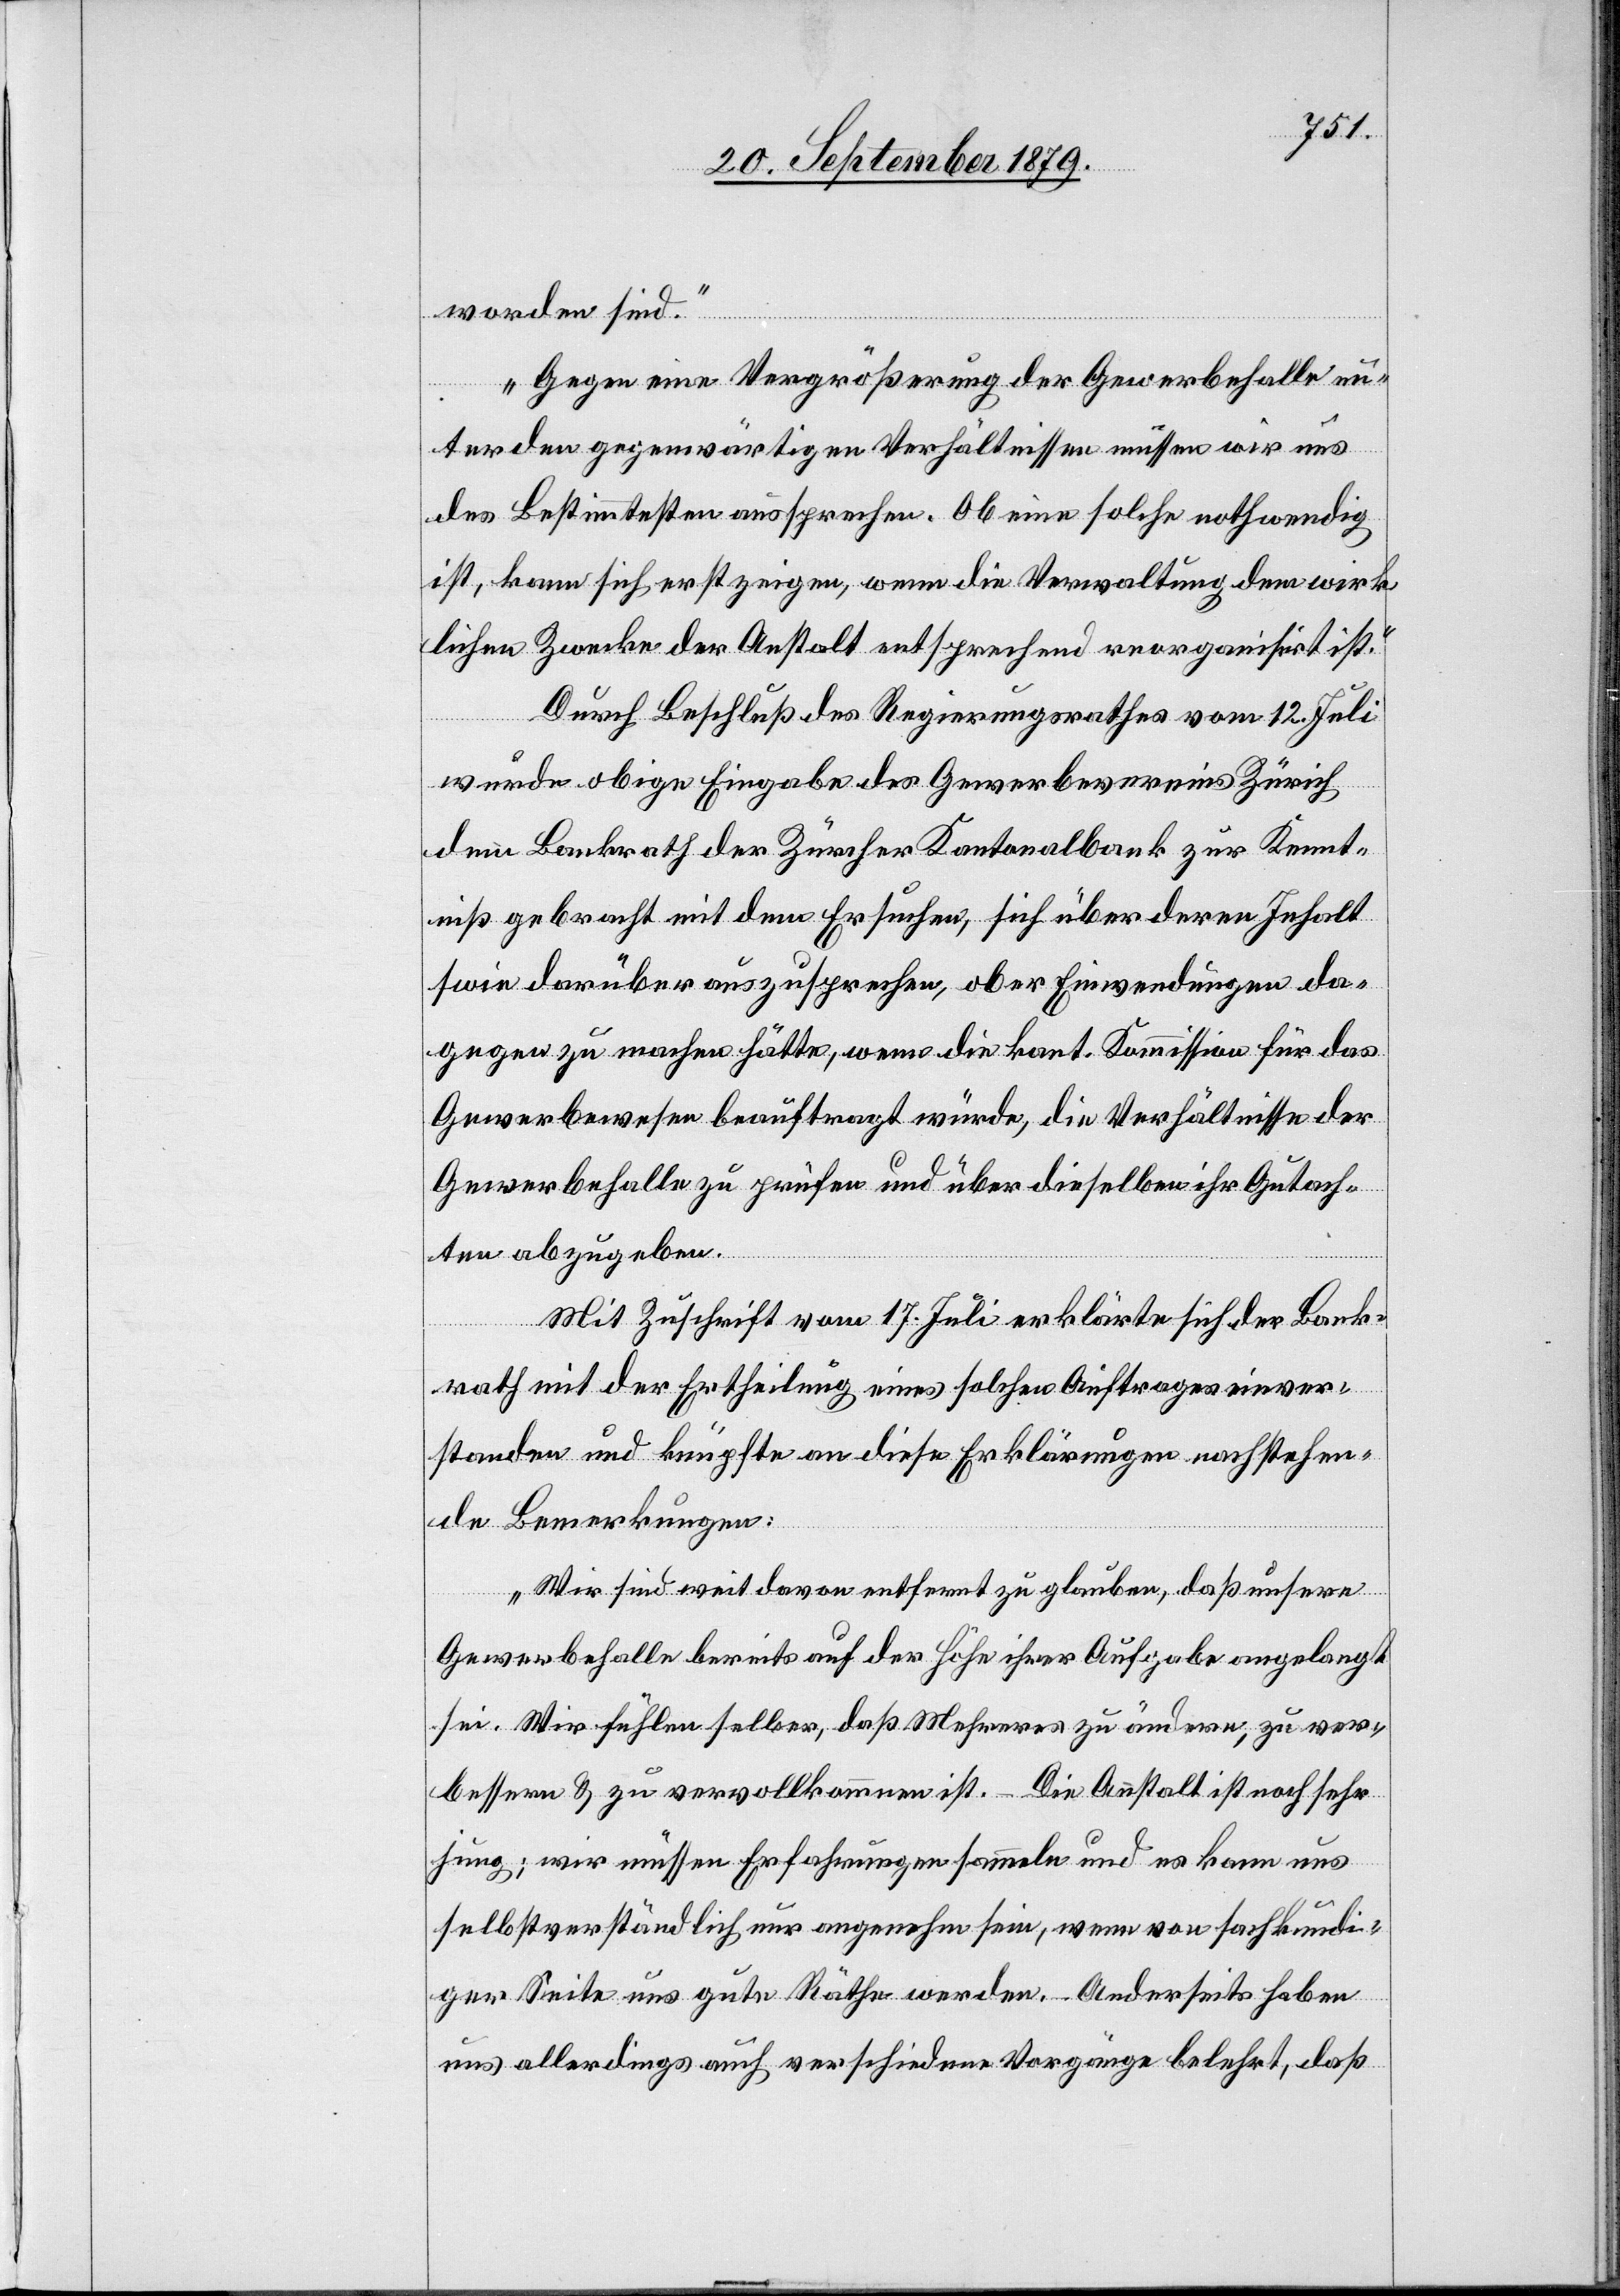
worden sind.
Gegen eine Vergrößerung der Gewerbehalle un¬
ter den gegenwärtigen Verhältnissen müssen wir uns
des Bestimmtesten aussprechen. Ob eine solche nothwendig
ist, kann sich erst zeigen, wenn die Verwaltung dem wirk¬
lichen Zwecke der Anstalt entsprechend reorganisirt ist.“
Durch Beschluß des Regierungsrathes vom 12. Juli
wurde obige Eingabe des Gewerbevereins Zürich
dem Bankrath der Zürcher Kantonalbank zur Kennt¬
niß gebracht mit dem Ersuchen, sich über deren Inhalt
s[o]wie darüber auszusprechen, ob er Einwendung da¬
gegen zu machen hätte, wenn die kant. Kommission für das
Gewerbewesen beauftragt würde, die Verhältnisse der
Gewerbehalle zu prüfen und über dieselben ihr Gutach¬
ten abzugeben.
Mit Zuschrift vom 17. Juli erklärte sich der Bank¬
rath mit der Ertheilung eines solchen Auftrages einver¬
standen und knüpfte an diese Erklärungen nachstehen¬
de Bemerkungen:
„Wir sind weit davon entfernt zu glauben, daß unsere
Gewerbehalle bereits auf der Höhe ihrer Aufgabe angelangt
sei. Wir fühlen selber, daß Mehreres zu ändern, zu ver¬
bessern & zu vervollkommnen ist. Die Anstalt ist noch sehr
jung; wir müssen Erfahrungen sammeln und es kann uns
selbstverständlich nur angenehm seien, wenn von sachkundi¬
ger Seite uns gute Räthe werden. Anderseits haben
uns allerdings auch verschiedene Vorgänge belehrt, daß